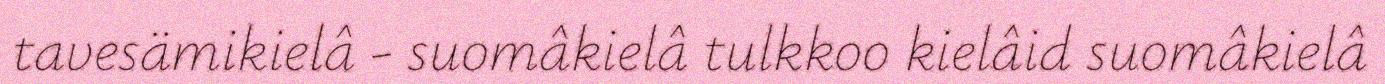
tavesämikielâ - suomâkielâ tulkkoo kielâid suomâkielâ